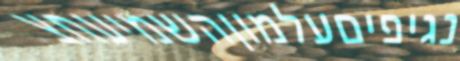
נגיפיםעלמוןהשמיעחצ